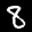
Label: 8